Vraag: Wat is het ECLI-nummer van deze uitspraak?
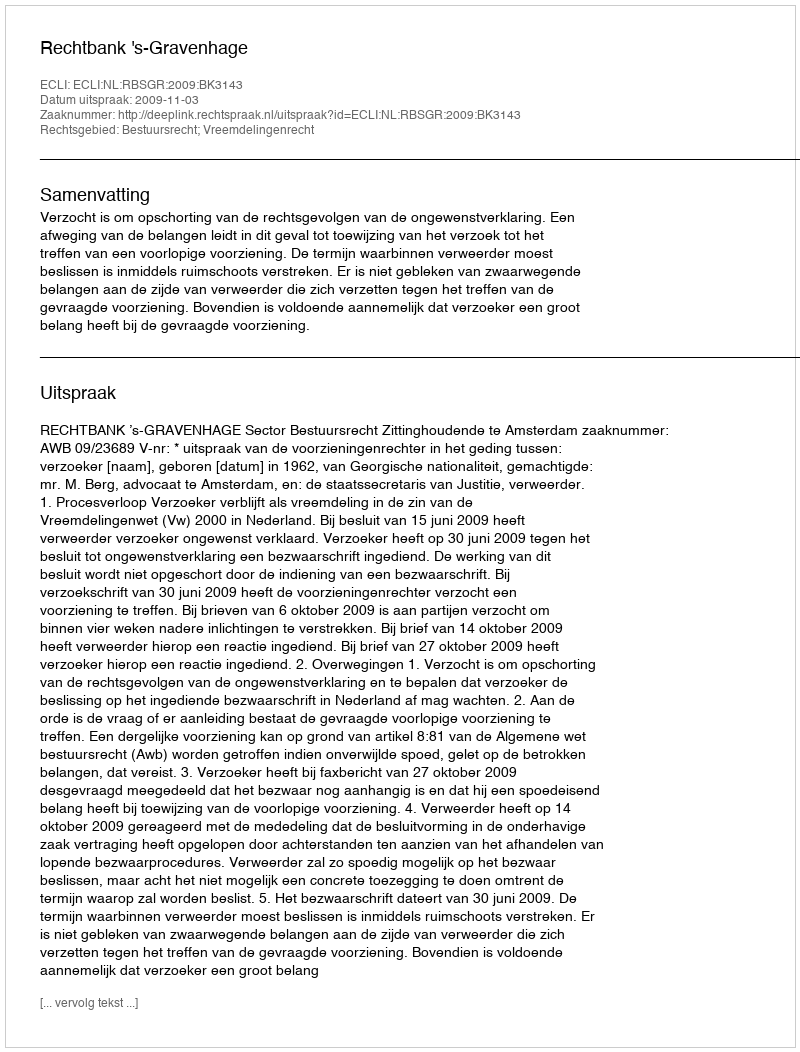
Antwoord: ECLI:NL:RBSGR:2009:BK3143